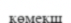
көмекш